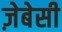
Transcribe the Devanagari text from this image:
ज़ेबेसी